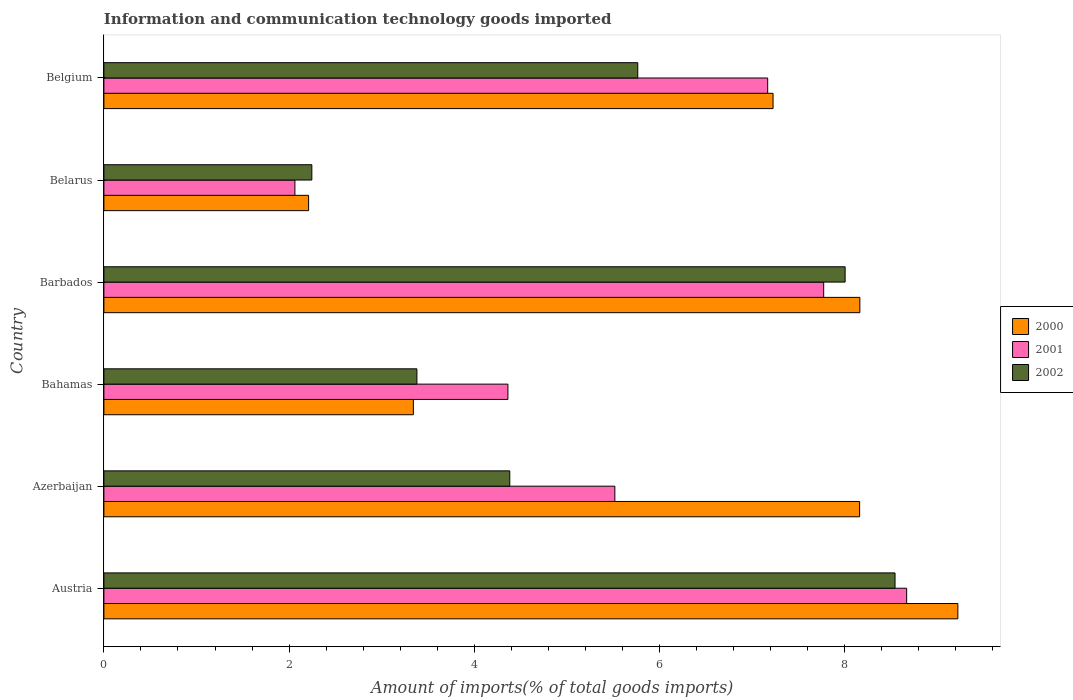
| Country | 2000 | 2001 | 2002 |
 | --- | --- | --- | --- |
 | Austria | 9.22 | 8.67 | 8.54 |
 | Azerbaijan | 8.16 | 5.52 | 4.38 |
 | Bahamas | 3.34 | 4.36 | 3.38 |
 | Barbados | 8.16 | 7.77 | 8 |
 | Belarus | 2.21 | 2.06 | 2.25 |
 | Belgium | 7.23 | 7.17 | 5.76 |